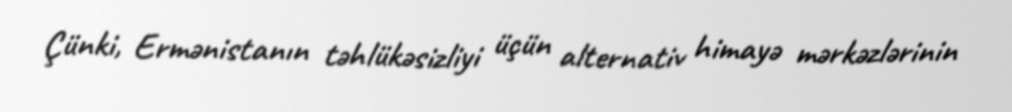
Çünki, Ermənistanın təhlükəsizliyi üçün alternativ himayə mərkəzlərinin